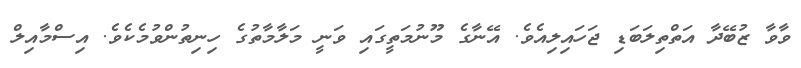
ވާވާ ޒުބޭދާ އަތްތިލަބަޑި ޖަހައިލިއެވެ. އޭނާގެ މޫނުމަތީގައި ވަނީ މަލާމާތުގެ ހިނިތުންވުމެކެވެ. އިސްމާއިލް